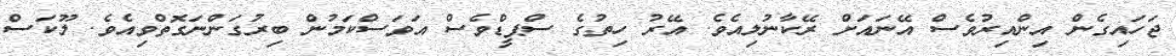
ޖަހައިގެން އިންއިރުވެސް އޭނައަށް ރޭކާނުލިއެވެ. އޭރު ހިތުގެ ސްޕީޑްވެސް އަވަސްކަމުން ބިރުގަންނަގޮތްވިއެވެ. ލޫކަސް